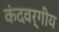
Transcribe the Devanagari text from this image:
कंदवर्गीय